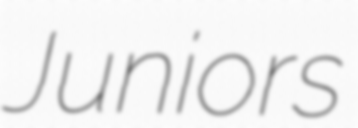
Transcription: Juniors